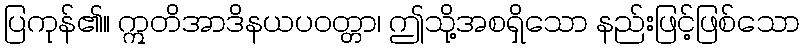
ပြကုန်၏။ ဣတိအာဒိနယပဝတ္တာ၊ ဤသို့အစရှိသော နည်းဖြင့်ဖြစ်သော